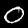
Label: 0